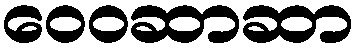
ဝေဝဆာဆာ